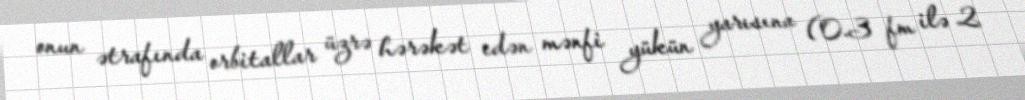
onun ətrafında orbitallar üzrə hərəkət edən mənfi yükün yarısına (0.3 fm ilə 2